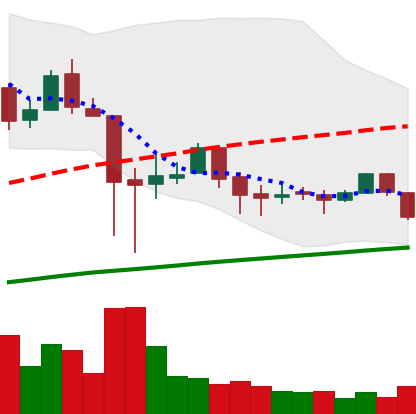
Ticker: LTC-USD
Chart end date: 2018-01-30
Forward return: -10.438%
Label: down_7plus